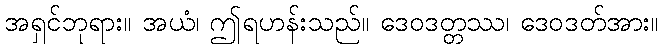
အရှင်ဘုရား။ အယံ၊ ဤရဟန်းသည်။ ဒေဝဒတ္တဿ၊ ဒေဝဒတ်အား။